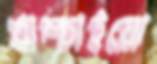
খাম্‌চাইয়ো